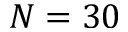
N = 3 0